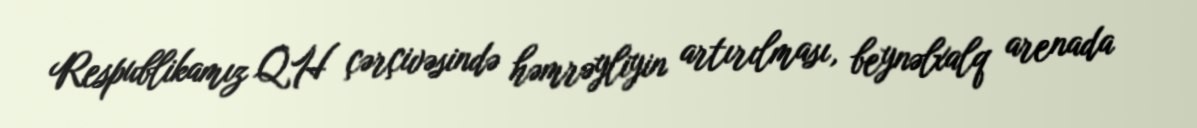
Respublikamız QH çərçivəsində həmrəyliyin artırılması, beynəlxalq arenada